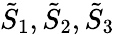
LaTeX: \tilde{S}_{1},\tilde{S}_{2},\tilde{S}_{3}